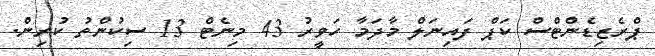
ޕްރެޒިޑެންޓްސް ކަޕް ފައިނަލް މާދަމާ ހަވީރު 43 މިނެޓް 13 ސިކުންތު ކުރިން.